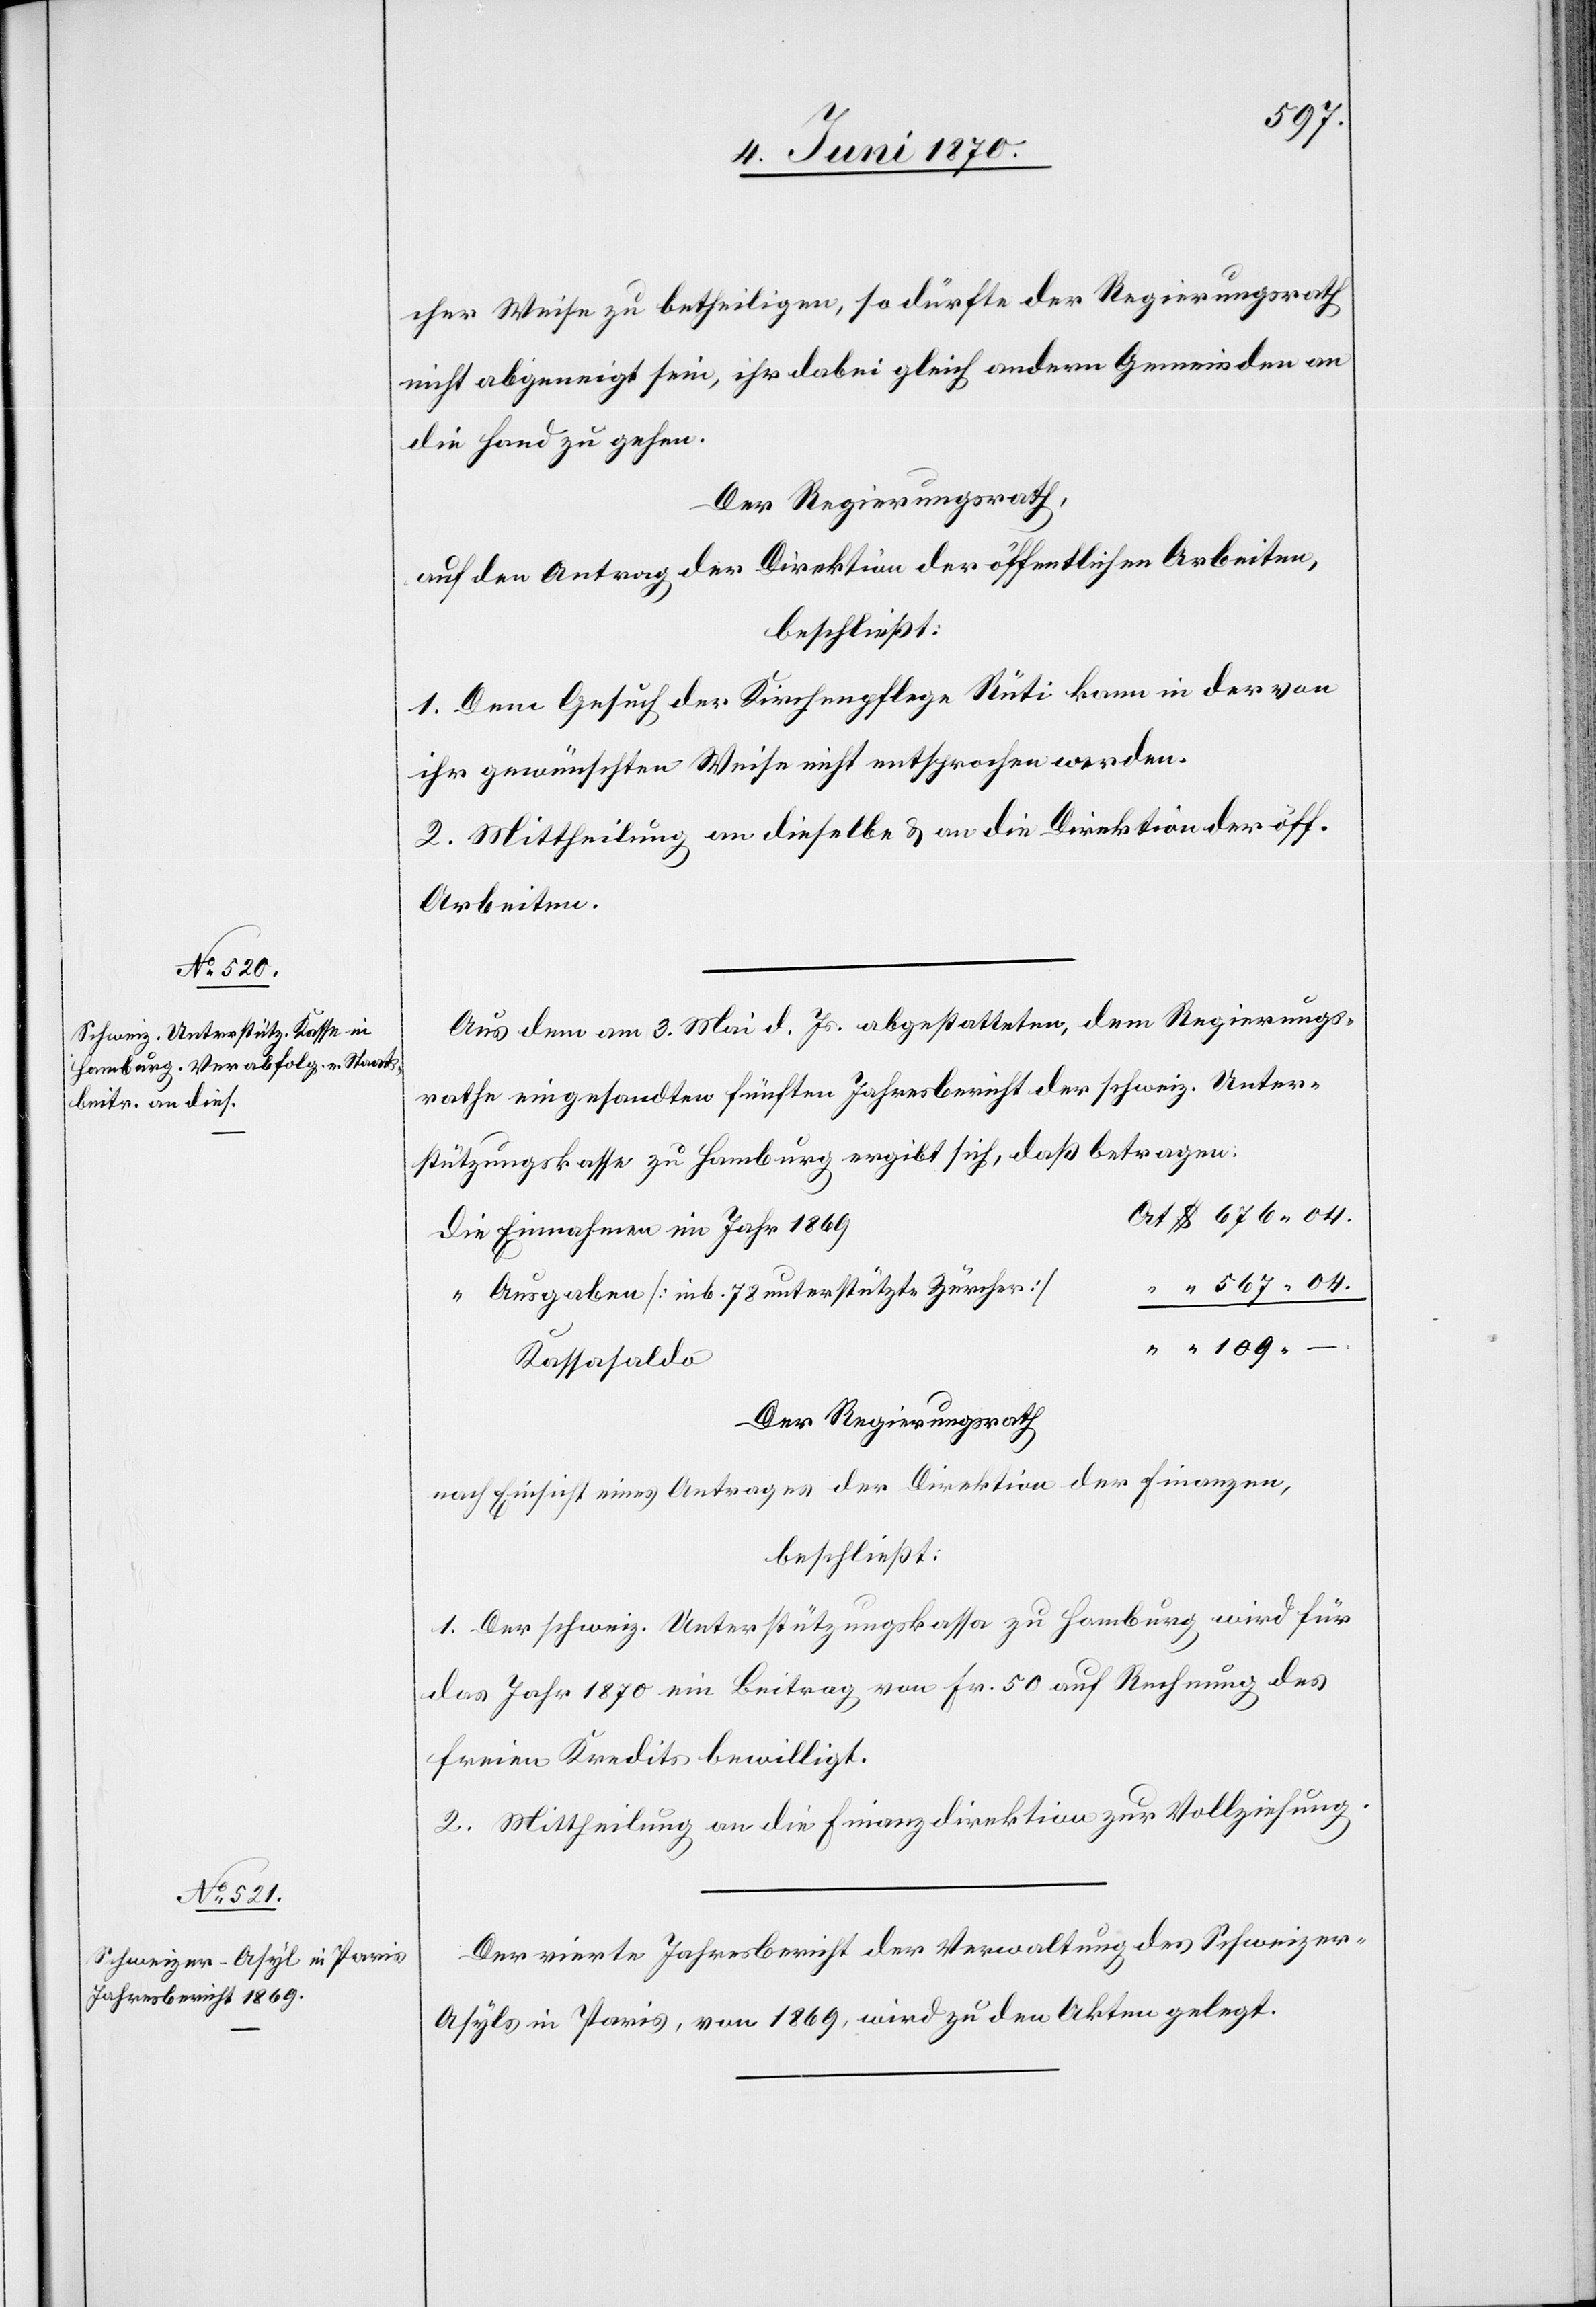
Aus dem am 3. Mai d. Js. abgestatteten, dem Regierungs¬
rathe eingesandten fünften Jahresbericht der schweiz. Unter¬
stützungskasse zu Hamburg ergibt sich, daß betragen:
rt $ 676.04.
die Einnahmen im Jahr 1869	O¬
“ 567.04.
Ausgaben [inb. 78 unterstützte Zürcher]
“
“ “ 109. –
Kassasaldo
Der Regierungsrath
nach Einsicht eines Antrages der Direktion der Finanzen,
beschließt:
1. Der schweiz. Unterstützungskassa zu Hamburg wird für
das Jahr 1870 ein Beitrag von Fr. 50 auf Rechnung des
freien Kredits bewilligt.
2. Mittheilung an die Finanzdirektion zur Vollziehung.
Der vierte Jahresbericht der Verwaltung des Schweize¬
r-Asyls in Paris, von 1869, wird zu den Akten gelegt.